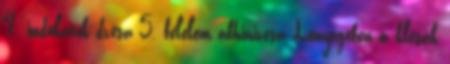
4. indulatok dvésa 5. félelem abhinivésa Lényegében a klésák